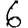
Digit: 6